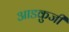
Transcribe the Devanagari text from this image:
आडकुजी